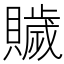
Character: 𧸗